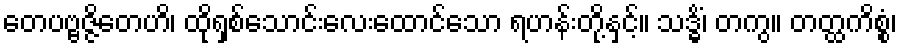
တေပဗ္ဗဇ္ဇိတေဟိ၊ ထိုရှစ်သောင်းလေးထောင်သော ရဟန်းတို့နှင့်။ သဒ္ဓိံ၊ တကွ။ တတ္ထကိစ္စံ၊